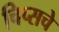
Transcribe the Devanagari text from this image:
चिप्सचे